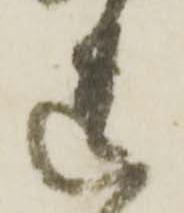
遺